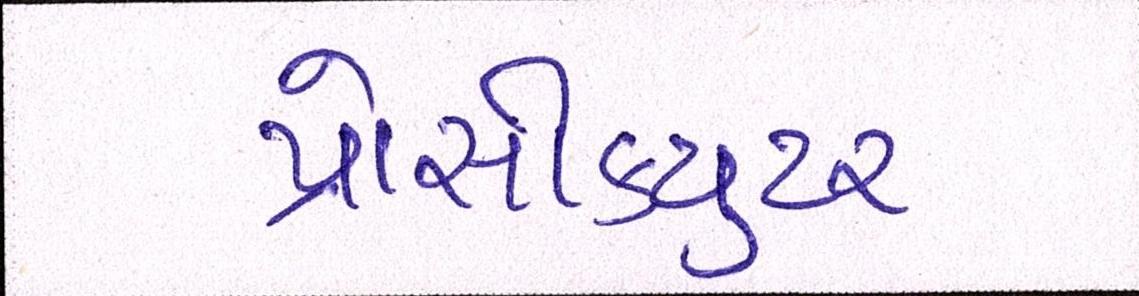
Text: પ્રોસીકયુટર